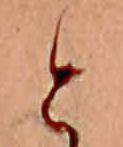
と